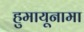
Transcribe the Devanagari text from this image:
हुमायूनामा